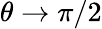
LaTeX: \theta\to\pi/2